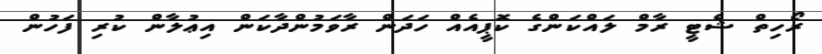
ރޯހިތް ޝެޓީ ރާމް ލައްކަންގެ ކޮޕީއެއް ހަދަން ރާވަމުންދާކަން އިޢުލާން ކުރި ފަހުން